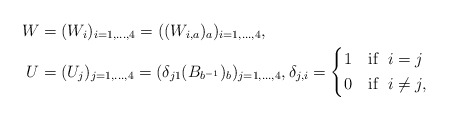
\begin{align*}W &=(W_i)_{i=1,\dots,4}=((W_{i,a})_{a})_{i=1,\dots,4},\\U &=(U_j)_{j=1,\dots,4}=(\delta_{j1}(B_{b^{-1}})_{b})_ {j=1,\dots, 4},\delta_{j,i}=\left\{\begin{aligned}& 1\quad\mbox{if }\; i=j\\& 0\quad\mbox{if }\; i\neq j,\end{aligned}\right.\end{align*}